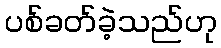
ပစ်ခတ်ခဲ့သည်ဟု